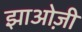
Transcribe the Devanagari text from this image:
झाओज़ी